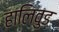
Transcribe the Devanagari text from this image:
हालिवुड